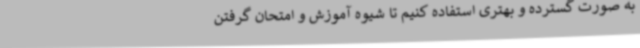
به صورت گسترده‌ و بهتری استفاده کنیم تا شیوه آموزش و امتحان گرفتن